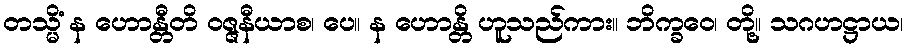
တသ္မိံ န ဟောန္တီတိ ဝဇ္ဇနီယာစ၊ ပေ။ န ဟောန္တိ ဟူသည်ကား။ ဘိက္ခဝေ၊ တို့။ သဂဟဋ္ဌာယ၊